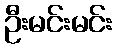
ဦးမင်းမင်း